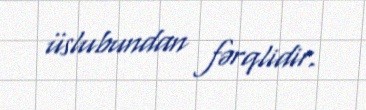
üslubundan fərqlidir.